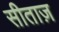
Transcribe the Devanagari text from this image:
सीताज़